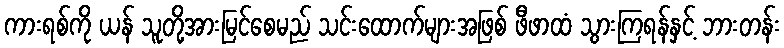
ကားရစ်ကို ယန် သူတို့အားမြင်စေမည် သင်းထောက်များအဖြစ် ဖီဖာထံ သွားကြရန်နှင့် ဘားတန်း